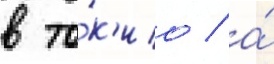
в то́к'ио / а́